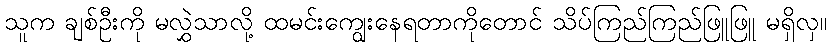
သူက ချစ်ဦးကို မလွှဲသာလို့ ထမင်းကျွေးနေရတာကိုတောင် သိပ်ကြည်ကြည်ဖြူဖြူ မရှိလှ။